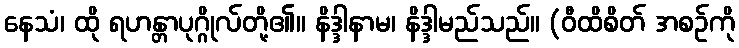
နေသံ၊ ထို ရဟန္တာပုဂ္ဂိုလ်တို့၏။ နိဒ္ဒါနာမ၊ နိဒ္ဒါမည်သည်။ (ဝီထိစိတ် အစဉ်ကို